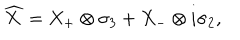
\widehat { X } = X _ { + } \otimes \sigma _ { 3 } + X _ { - } \otimes i \sigma _ { 2 } ,